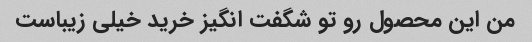
من این محصول رو تو شگفت انگیز خرید خیلی زیباست